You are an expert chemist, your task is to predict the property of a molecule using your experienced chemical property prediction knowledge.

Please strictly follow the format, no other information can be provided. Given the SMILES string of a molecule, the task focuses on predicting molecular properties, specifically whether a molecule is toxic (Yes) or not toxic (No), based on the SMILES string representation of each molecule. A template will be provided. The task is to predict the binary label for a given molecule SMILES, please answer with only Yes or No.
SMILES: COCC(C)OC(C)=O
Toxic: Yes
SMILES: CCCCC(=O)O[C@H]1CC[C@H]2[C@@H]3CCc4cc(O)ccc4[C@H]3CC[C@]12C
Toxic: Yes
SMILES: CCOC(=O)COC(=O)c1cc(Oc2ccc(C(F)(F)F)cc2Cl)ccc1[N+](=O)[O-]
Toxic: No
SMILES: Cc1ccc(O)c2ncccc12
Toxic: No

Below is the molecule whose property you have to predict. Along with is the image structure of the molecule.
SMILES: COc1ccc(S(=O)(=O)Nc2nnc(CC(C)C)s2)cc1
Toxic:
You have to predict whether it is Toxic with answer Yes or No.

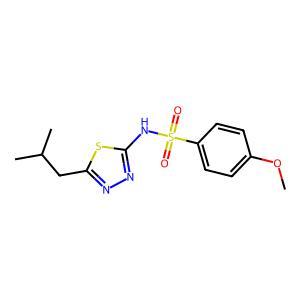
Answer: No